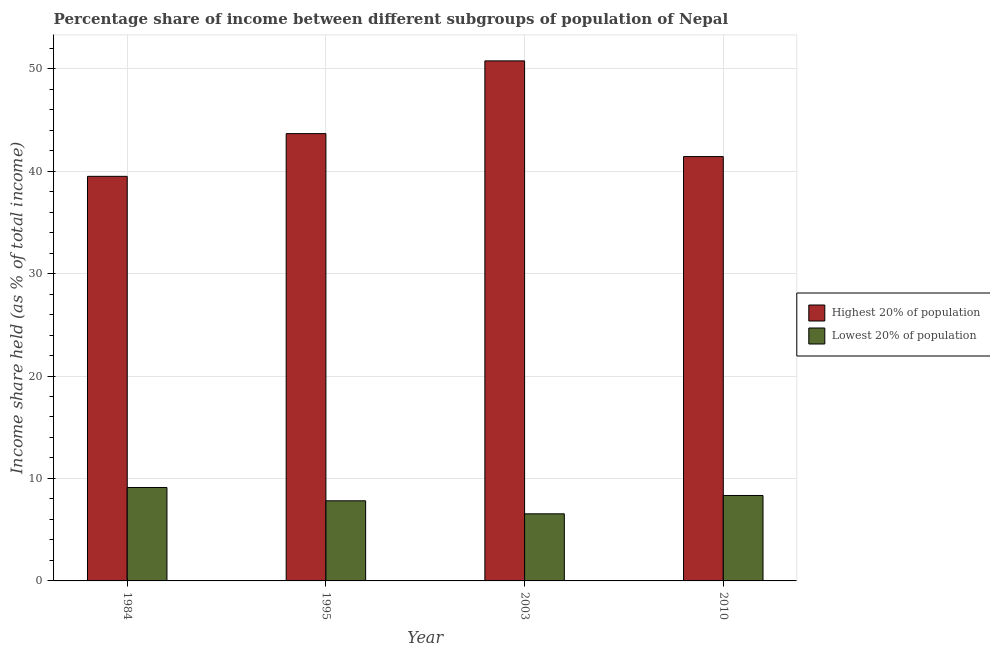
| Year | Highest 20% of population | Lowest 20% of population |
 | --- | --- | --- |
 | 1984 | 39.5 | 9.12 |
 | 1995 | 43.7 | 7.82 |
 | 2003 | 50.8 | 6.55 |
 | 2010 | 41.4 | 8.34 |